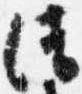
清